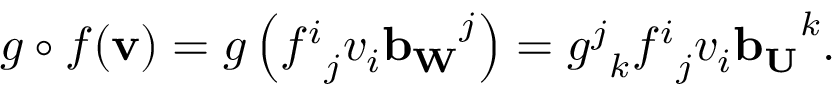
g \circ f ( \mathbf { v } ) = g \left( { f ^ { i } } _ { j } v _ { i } \mathbf { b _ { W } } ^ { j } \right) = { g ^ { j } } _ { k } { f ^ { i } } _ { j } v _ { i } \mathbf { b _ { U } } ^ { k } .